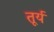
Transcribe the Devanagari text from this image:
तूर्य